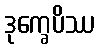
ဒုက္ခေပိဿ